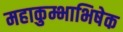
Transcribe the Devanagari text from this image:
महाकुम्भाभिषेक